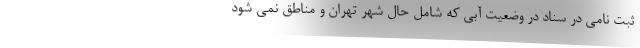
ثبت نامی در سناد در وضعیت آبی که شامل حال شهر تهران و مناطق نمی شود